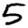
Digit: 5